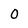
Character: 0